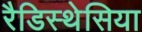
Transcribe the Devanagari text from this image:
रैडिस्थेसिया